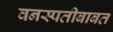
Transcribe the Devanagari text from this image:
वनस्पतीबाबत